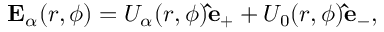
\mathbf { E } _ { \alpha } ( r , \phi ) = U _ { \alpha } ( r , \phi ) { \bf \hat { e } } _ { + } + U _ { 0 } ( r , \phi ) { \bf \hat { e } } _ { - } ,